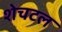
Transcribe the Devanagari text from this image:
शेचटल